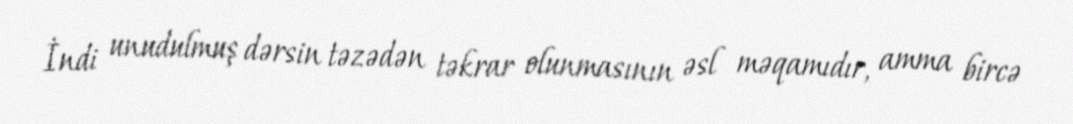
İndi unudulmuş dərsin təzədən təkrar olunmasının əsl məqamıdır, amma bircə